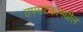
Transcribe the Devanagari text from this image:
उपघटकांमधील